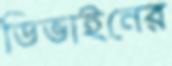
ডিভাইনের